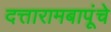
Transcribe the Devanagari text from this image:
दत्तारामबापूंचे